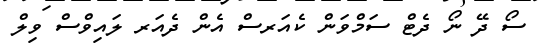
ސޯ ދޭ ނޯ ދެޓް ސަމްވަން ކެއަރސް އެން ދެއަރ ލައިވްސް ވިލް